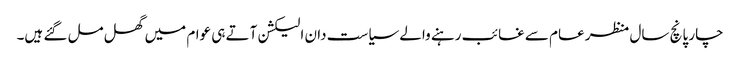
چار پانچ سال منظر عام سے غائب رہنے والے سیاست دان الیکشن آتے ہی عوام میں گھل مل گئے ہیں۔